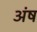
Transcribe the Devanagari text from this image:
अंष